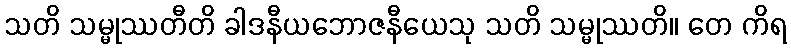
သတိ သမ္မုဿတီတိ ခါဒနီယဘောဇနီယေသု သတိ သမ္မုဿတိ။ တေ ကိရ